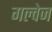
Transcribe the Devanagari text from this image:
गल्वेज